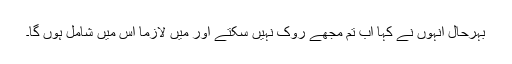
بہرحال انہوں نے کہا اب تم مجھے روک نہیں سکتے اور میں لازماً اس میں شامل ہوں گا۔